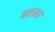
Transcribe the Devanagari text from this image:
मलसर